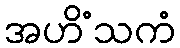
အဟိံသကံ